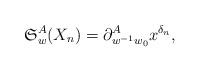
LaTeX: \begin{gather*}\mathfrak{S}_w^{A}(X_n) = \partial_{w^{-1} w_{0}}^{A} x^{\delta_n},\end{gather*}